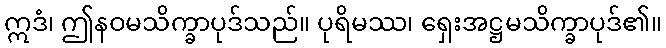
ဣဒံ၊ ဤနဝမသိက္ခာပုဒ်သည်။ ပုရိမဿ၊ ရှေးအဋ္ဌမသိက္ခာပုဒ်၏။